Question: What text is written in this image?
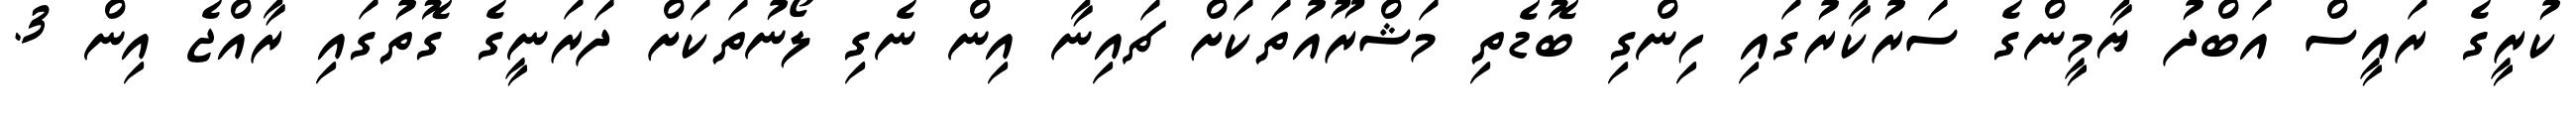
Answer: ކުރީގެ ރައީސް އަބްދު ޔާމީންގެ ސަރުކާރުގައި ހިންގި ބޮޑެތި މަޝްރޫއުތަކަށް ޗައިނާ އިން ނެގި ލޯނުތަކަށް ދަރަނީގެ ގޮތުގައި ރާއްޖެ އިން 3.